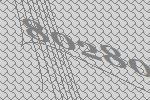
80280